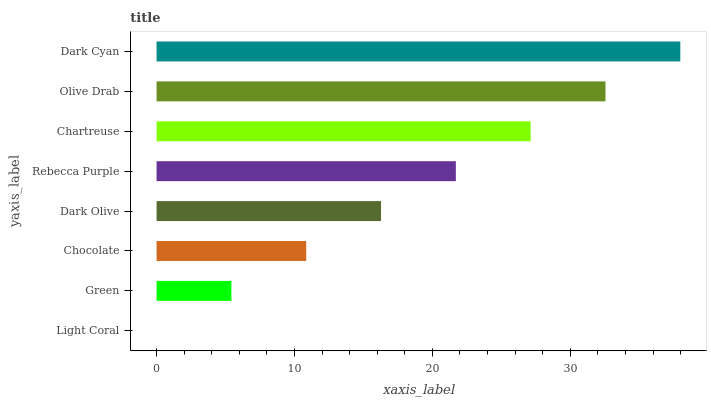
| yaxis_label | bars |
 | --- | --- |
 | Light Coral | 0 |
 | Green | 5.43 |
 | Chocolate | 10.9 |
 | Dark Olive | 16.3 |
 | Rebecca Purple | 21.7 |
 | Chartreuse | 27.1 |
 | Olive Drab | 32.6 |
 | Dark Cyan | 38 |